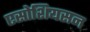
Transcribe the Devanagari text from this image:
एसोशियसन